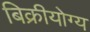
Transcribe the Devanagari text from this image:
बिक्रीयोग्य